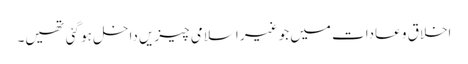
اخلاق و عادات میں جو غیر اسلامی چیزیں داخل ہو گئی تھیں۔